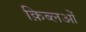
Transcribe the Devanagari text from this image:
क़िब्लओं